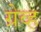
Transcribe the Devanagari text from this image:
ग्रेव्ह